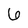
Character: 6